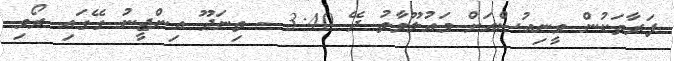
ފަރާތަކުން ވީނިއުސްއަށް މައުލޫމާތު ދޭ 3:40 - ތިނަދޫ އިންޖީނު ގޭގައި ރޯވި